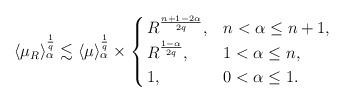
LaTeX: \begin{align*} \langle \mu_R \rangle_\alpha^{\frac1q}\lesssim \langle\mu\rangle_\alpha^{\frac1q} \times \begin{cases}\, R^{\frac{n+1-2\alpha}{2q}}, & n< \alpha \le n+1,\\\, R^{\frac{1-\alpha}{2q}}, & 1<\alpha\le n,\\\, 1, & 0< \alpha \le 1.\end{cases} \end{align*}